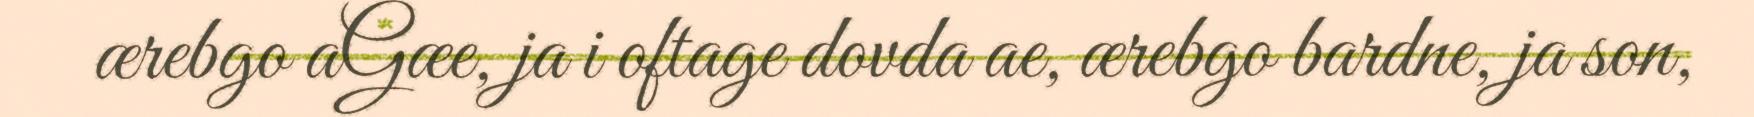
ærebgo aGæe, ja i oftage dovda ae, ærebgo bardne, ja son,